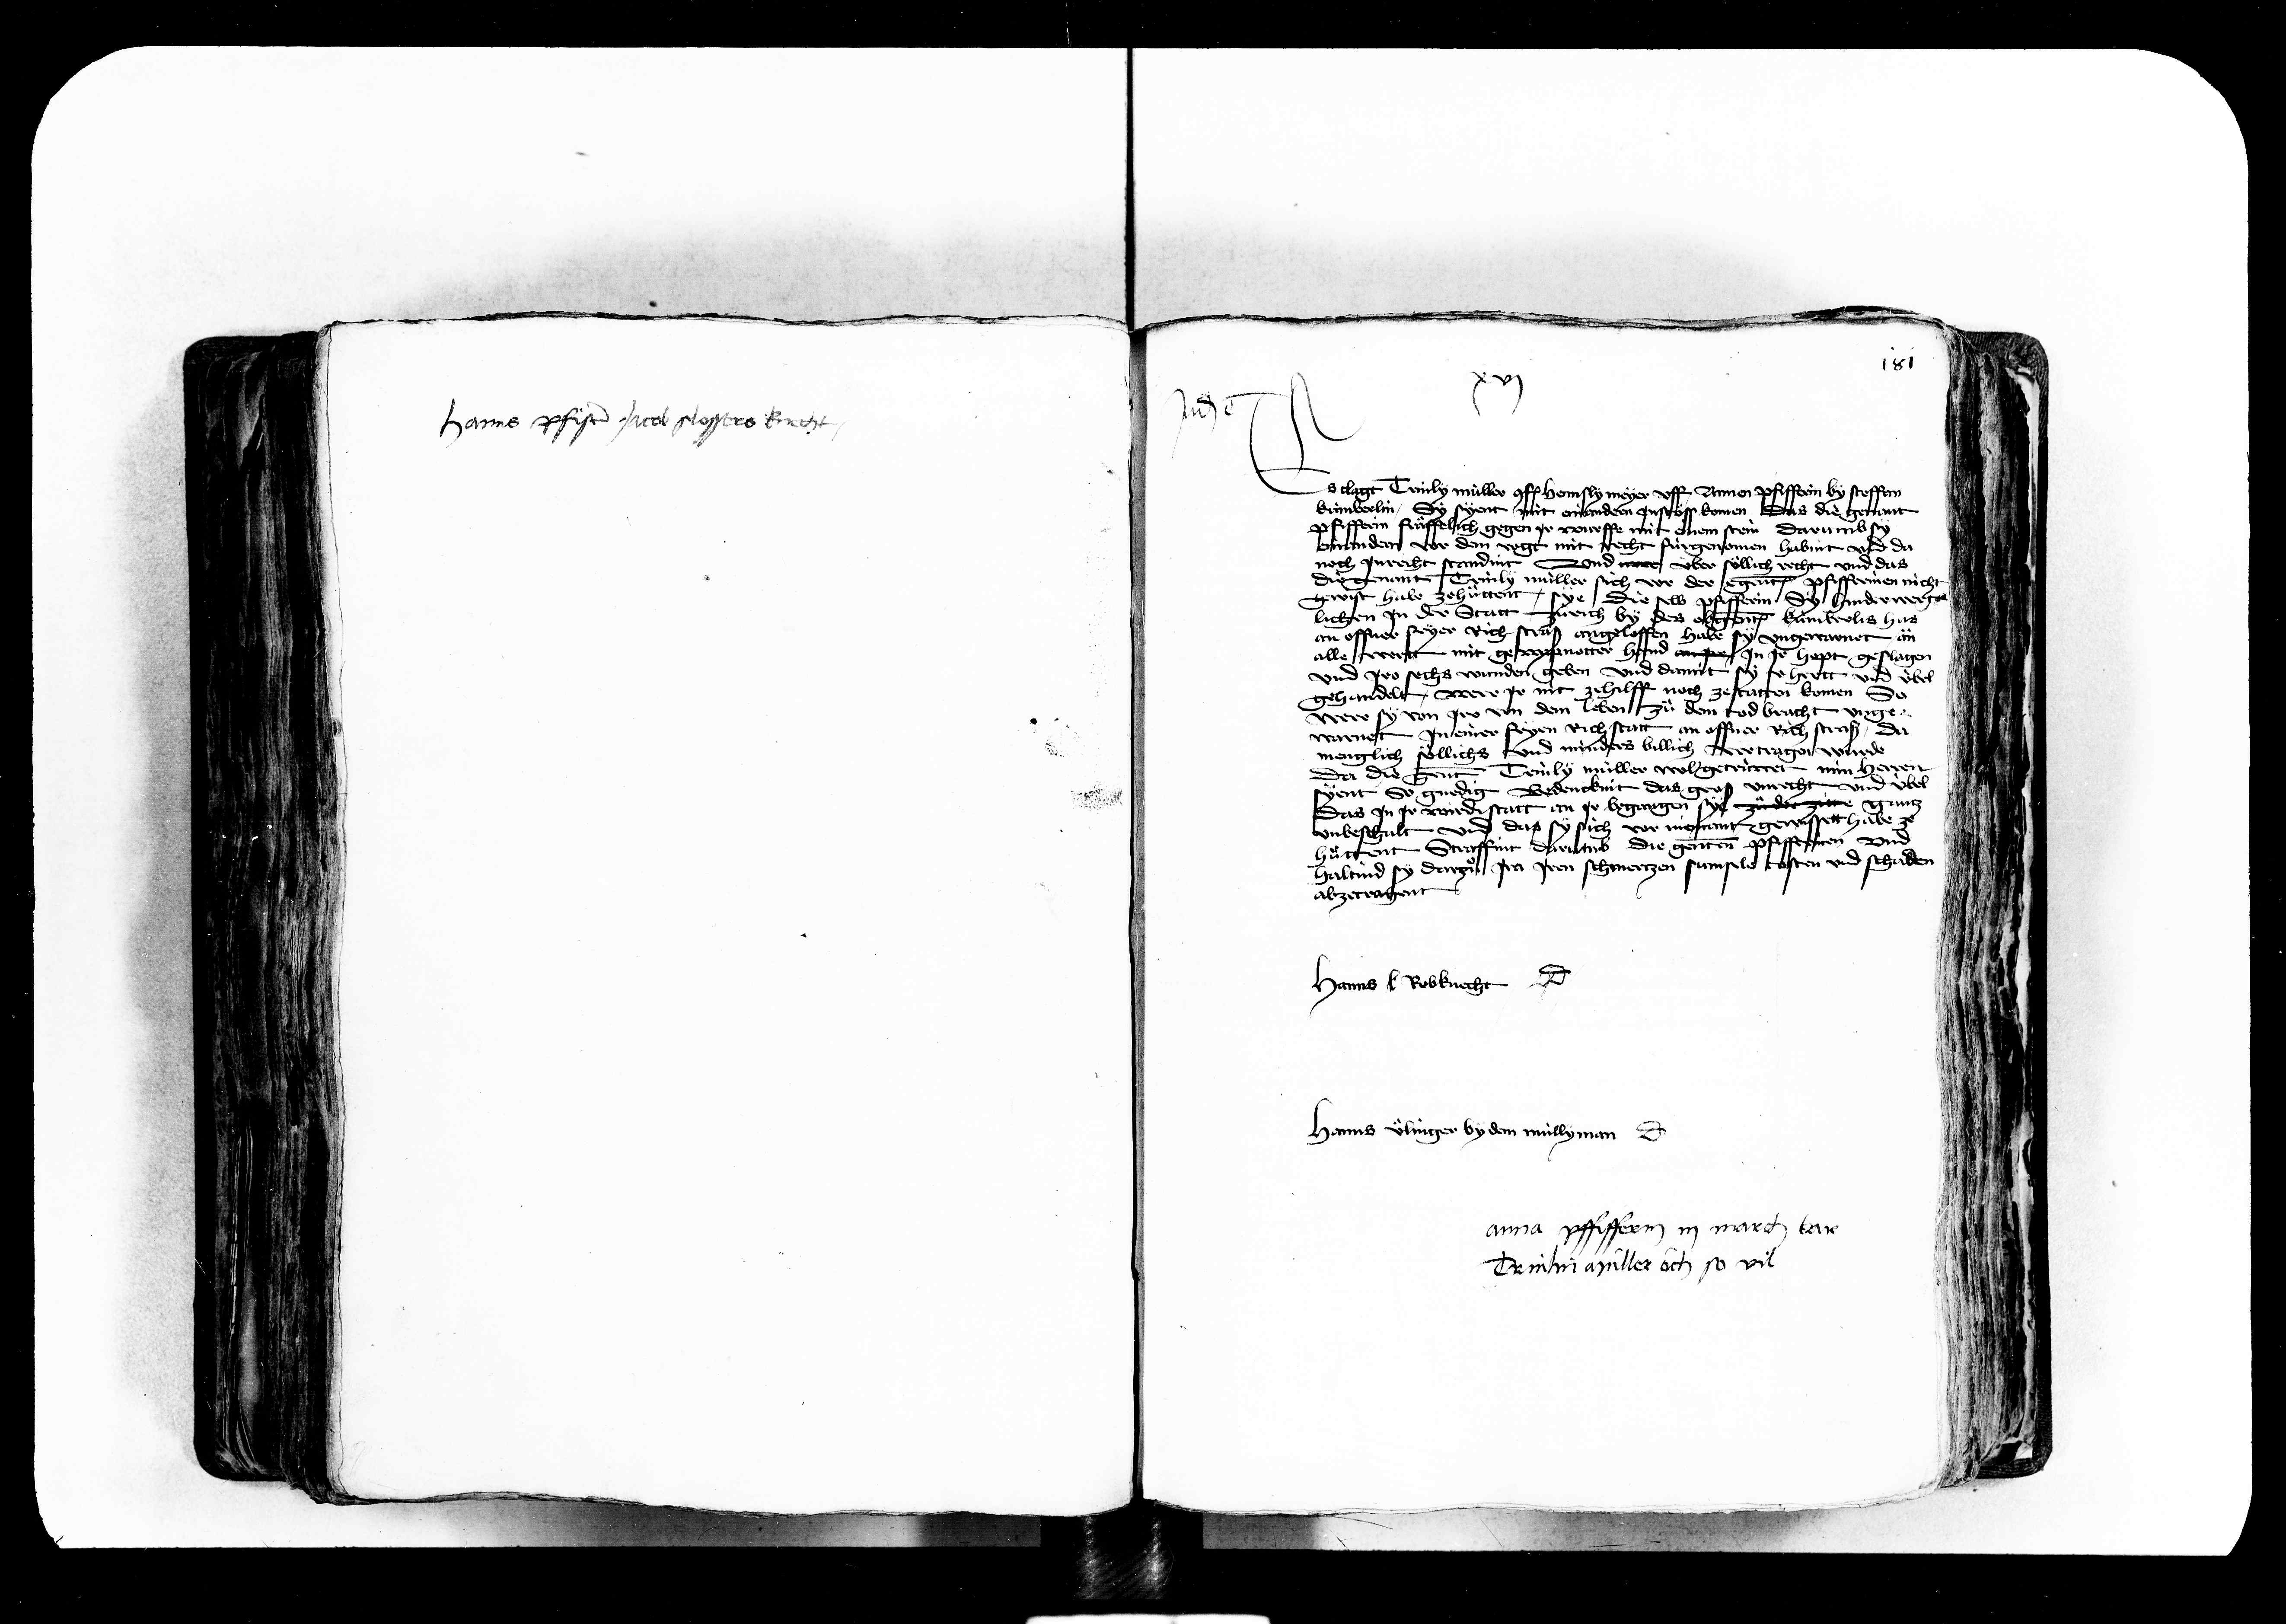
Transcription:
Hanns pfister Jacob slossers knecht

Judicatum est

xvj
Pf
a
e
e
i
als h
t
v
von dem
s v
e
m
est
e
an jnen
costen und schaden
wol jn jren schmertzen
az sy da
Hanns Rerknecht dicit
Hanns uelinger by dem müllyman dicit
anna pffifferin iij march bar
Trinn müller ouch so vil